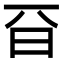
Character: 𣅆